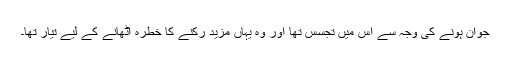
جوان ہونے کی وجہ سے اس میں تجسس تھا اور وہ یہاں مزید رکنے کا خطرہ اٹھانے کے لیے تیار تھا۔